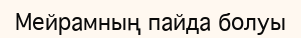
Мейрамның пайда болуы